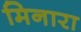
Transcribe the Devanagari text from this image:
मिनारा